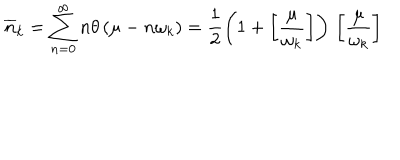
\overline { { { n } } } _ { k } = \sum _ { n = 0 } ^ { \infty } n \theta \left( \mu - n \omega _ { k } \right) = \frac { 1 } { 2 } \left( 1 + \left[ \frac { \mu } { \omega _ { k } } \right] \right) \, \left[ \frac { \mu } { \omega _ { k } } \right] \,